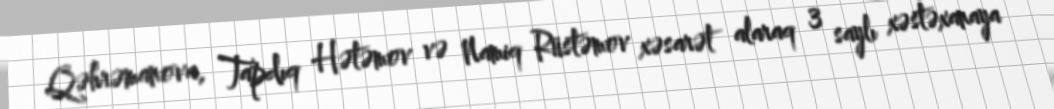
Qəhrəmanova, Tapdıq Hətəmov və Namiq Rüstəmov xəsarət alaraq 3 saylı xəstəxanaya